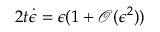
2 t \dot { \epsilon } = \epsilon ( 1 + \mathcal { O } ( \epsilon ^ { 2 } ) )